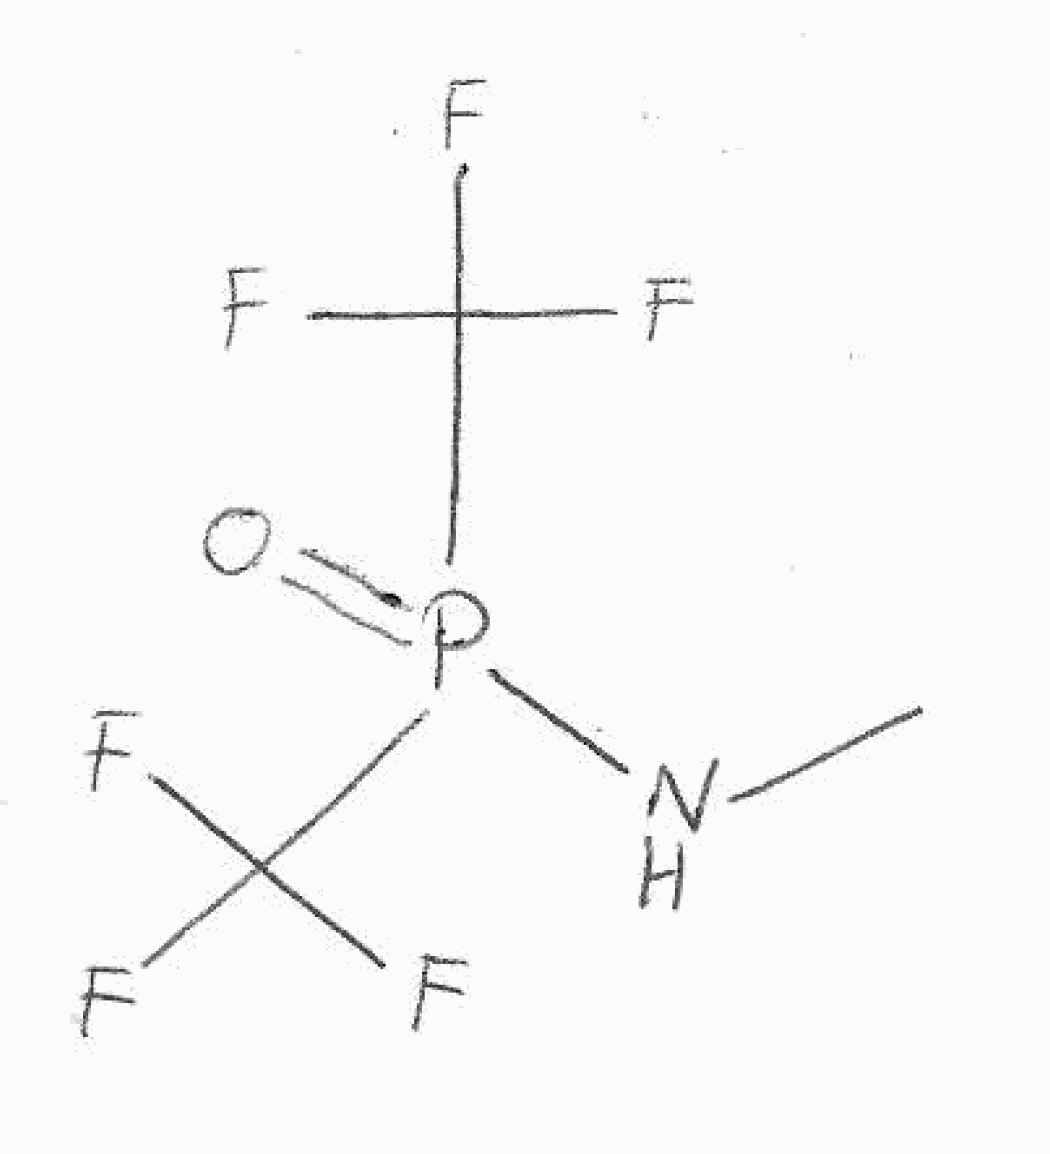
Simplified molecular-input line-entry system (SMILES) notation of the given molecule:
CNP(=O)(C(F)(F)F)C(F)(F)F